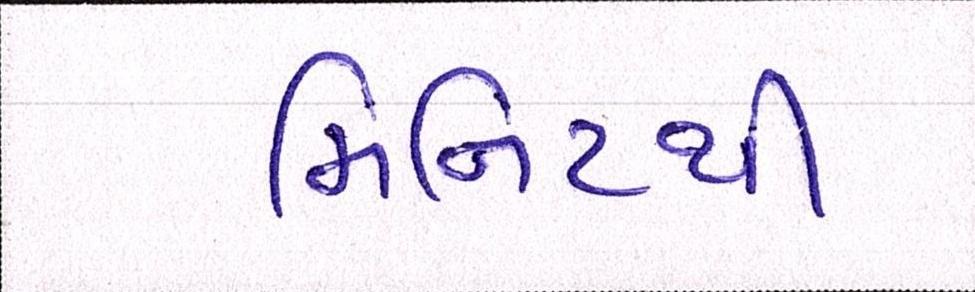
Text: મિનિટથી